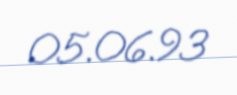
05.06.93